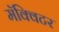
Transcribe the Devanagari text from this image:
मॅक्विटर